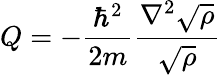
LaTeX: Q=-{\frac{\hbar^{2}}{2m}}{\frac{\nabla^{2}{\sqrt{\rho}}}{\sqrt{\rho}}}